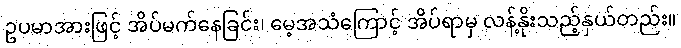
ဥပမာအားဖြင့် အိပ်မက်နေခြင်း၊ မေ့အသံကြောင့် အိပ်ရာမှ လန့်နိုးသည့်နှယ်တည်း။